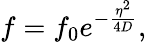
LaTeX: f=f_{0}e^{-\frac{\eta^{2}}{4D}},